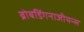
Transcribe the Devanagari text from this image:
ब्रोबडिंगनाजीयन्स